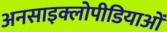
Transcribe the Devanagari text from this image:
अनसाइक्लोपीडियाओं